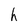
Character: h